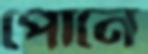
পোনে